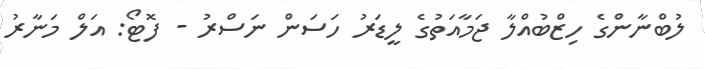
ލުބްނާންގެ ހިޒްބުއްލާ ޖަމާއަތުގެ ލީޑަރު ހަސަން ނަސްރު - ފޮޓޯ: އަލް މަނާރު